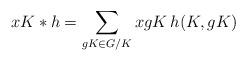
LaTeX: \begin{align*}xK \ast h = \sum_{gK \in G/K} xgK \, h (K,gK) \end{align*}